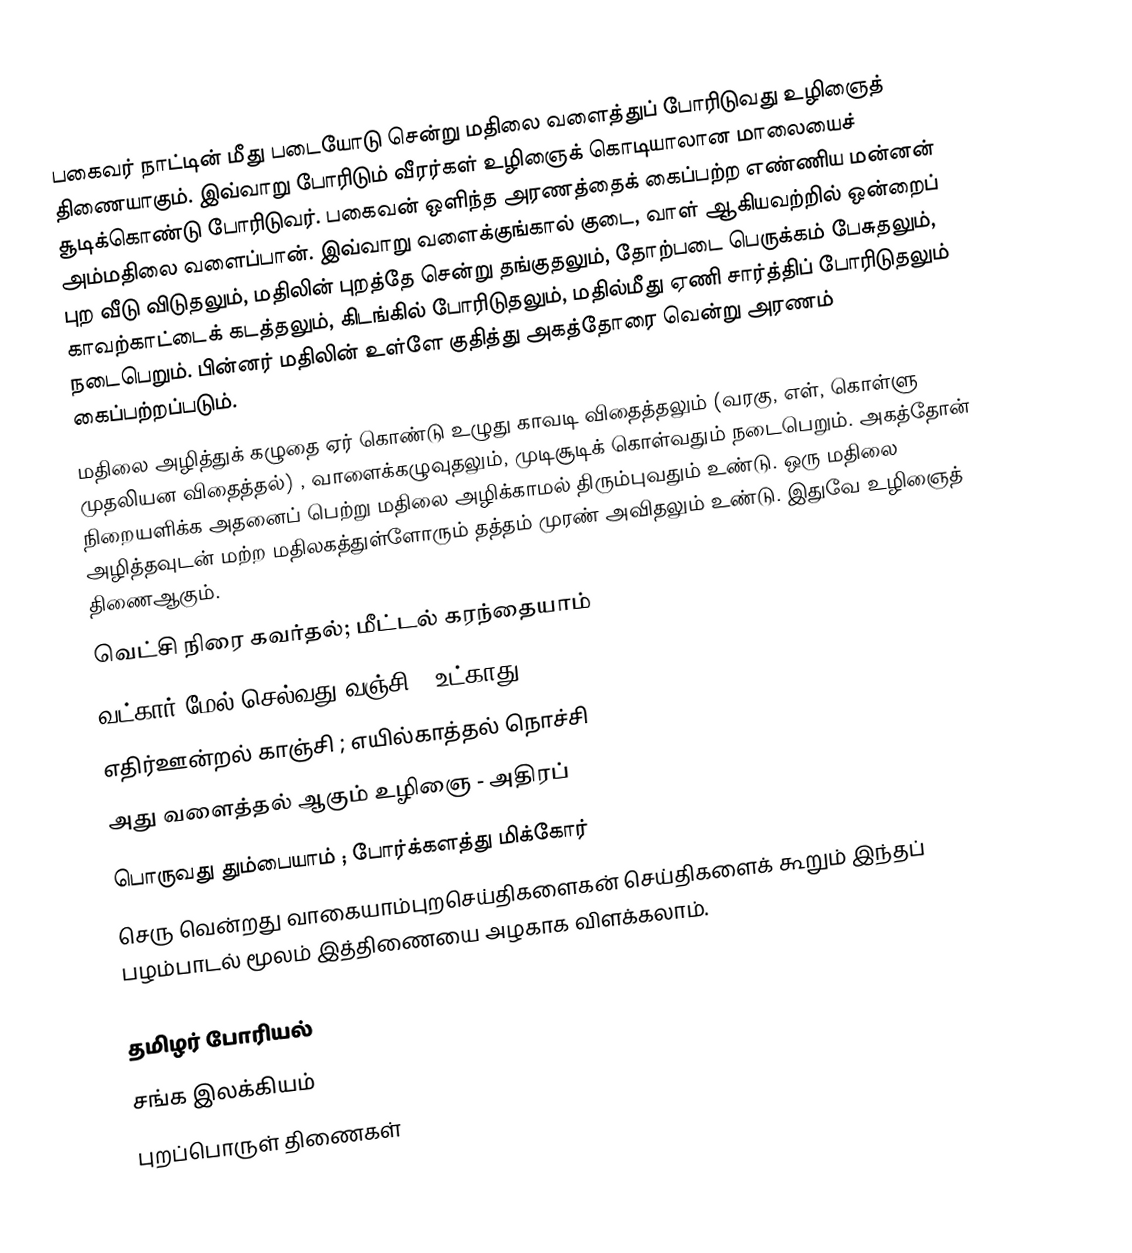
பகைவர் நாட்டின் மீது படையோடு சென்று மதிலை வளைத்துப் போரிடுவது உழிஞைத் திணையாகும். இவ்வாறு போரிடும் வீரர்கள் உழிஞைக் கொடியாலான மாலையைச் சூடிக்கொண்டு போரிடுவர். பகைவன் ஒளிந்த அரணத்தைக் கைப்பற்ற எண்ணிய மன்னன் அம்மதிலை வளைப்பான். இவ்வாறு வளைக்குங்கால் குடை, வாள் ஆகியவற்றில் ஒன்றைப் புற வீடு விடுதலும், மதிலின் புறத்தே சென்று தங்குதலும், தோற்படை பெருக்கம் பேசுதலும், காவற்காட்டைக் கடத்தலும், கிடங்கில் போரிடுதலும், மதில்மீது ஏணி சார்த்திப் போரிடுதலும் நடைபெறும். பின்னர் மதிலின் உள்ளே குதித்து அகத்தோரை வென்று அரணம் கைப்பற்றப்படும்.
மதிலை அழித்துக் கழுதை ஏர் கொண்டு உழுது காவடி விதைத்தலும் (வரகு, எள், கொள்ளு முதலியன விதைத்தல்) , வாளைக்கழுவுதலும், முடிசூடிக் கொள்வதும் நடைபெறும். அகத்தோன்  நிறையளிக்க  அதனைப் பெற்று மதிலை அழிக்காமல் திரும்புவதும் உண்டு. ஒரு மதிலை அழித்தவுடன் மற்ற மதிலகத்துள்ளோரும் தத்தம் முரண் அவிதலும் உண்டு. இதுவே உழிஞைத் திணைஆகும்.
வெட்சி நிரை கவர்தல்; மீட்டல் கரந்தையாம்
வட்கார் மேல் செல்வது வஞ்சி ; உட்காது
எதிர்ஊன்றல் காஞ்சி ; எயில்காத்தல் நொச்சி
அது வளைத்தல் ஆகும் உழிஞை - அதிரப்
பொருவது தும்பையாம் ; போர்க்களத்து மிக்கோர்
செரு வென்றது வாகையாம்புறசெய்திகளைகன் செய்திகளைக் கூறும் இந்தப் பழம்பாடல் மூலம் இத்திணையை  அழகாக விளக்கலாம்.

தமிழர் போரியல்
சங்க இலக்கியம்
புறப்பொருள் திணைகள்